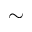
\sim